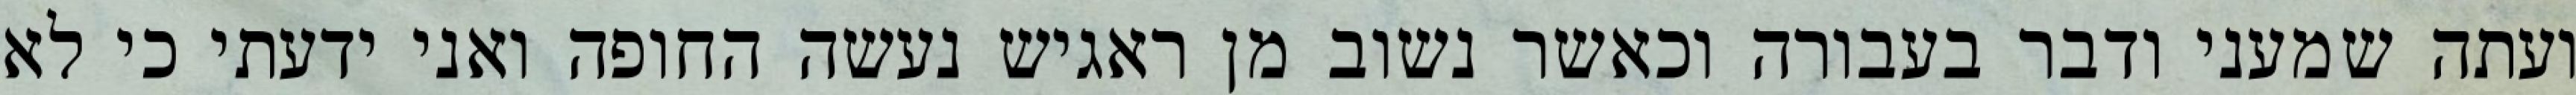
ועתה שמעני ודבר בעבורה וכאשר נשוב מן ראגיש נעשה החופה ואני ידעתי כי לא